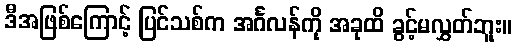
ဒီအဖြစ်ကြောင့် ပြင်သစ်က အင်္ဂလန်ကို အခုထိ ခွင့်မလွှတ်ဘူး။